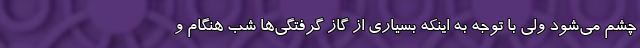
چشم می‌شود ولی با توجه به اینکه بسیاری از گاز گرفتگی‌ها شب هنگام و